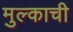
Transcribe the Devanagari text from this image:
मुल्काची